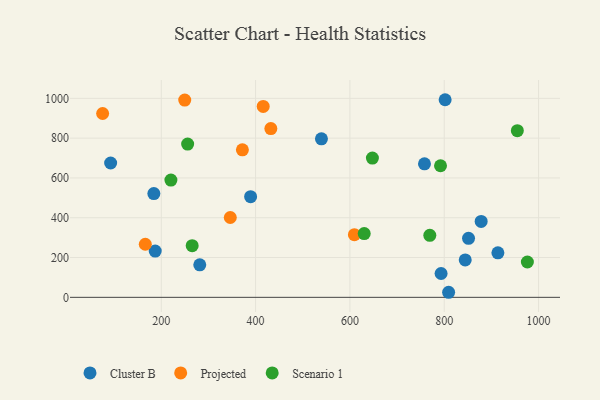
{"axis": {"x": "Engine Size", "y": "Rating"}, "legend": ["Cluster B", "Projected", "Scenario 1"], "data": [{"x": "851.5", "y": 296.5, "type": "Cluster B"}, {"x": "539.6", "y": 796.5, "type": "Cluster B"}, {"x": "844.5", "y": 187.9, "type": "Cluster B"}, {"x": "389.4", "y": 506.0, "type": "Cluster B"}, {"x": "793.3", "y": 119.8, "type": "Cluster B"}, {"x": "184.2", "y": 521.3, "type": "Cluster B"}, {"x": "809.3", "y": 25.4, "type": "Cluster B"}, {"x": "92.6", "y": 675.0, "type": "Cluster B"}, {"x": "878.3", "y": 381.5, "type": "Cluster B"}, {"x": "187.1", "y": 232.4, "type": "Cluster B"}, {"x": "758.1", "y": 671.1, "type": "Cluster B"}, {"x": "801.9", "y": 993.0, "type": "Cluster B"}, {"x": "913.8", "y": 223.7, "type": "Cluster B"}, {"x": "281.6", "y": 163.2, "type": "Cluster B"}, {"x": "416.1", "y": 959.1, "type": "Projected"}, {"x": "609.5", "y": 315.1, "type": "Projected"}, {"x": "166.1", "y": 266.7, "type": "Projected"}, {"x": "346.3", "y": 401.2, "type": "Projected"}, {"x": "75.6", "y": 923.7, "type": "Projected"}, {"x": "372.0", "y": 741.0, "type": "Projected"}, {"x": "249.7", "y": 991.3, "type": "Projected"}, {"x": "432.3", "y": 848.1, "type": "Projected"}, {"x": "265.5", "y": 259.4, "type": "Scenario 1"}, {"x": "792.1", "y": 661.2, "type": "Scenario 1"}, {"x": "955.0", "y": 837.7, "type": "Scenario 1"}, {"x": "769.4", "y": 311.6, "type": "Scenario 1"}, {"x": "255.9", "y": 769.9, "type": "Scenario 1"}, {"x": "647.7", "y": 700.0, "type": "Scenario 1"}, {"x": "976.3", "y": 177.6, "type": "Scenario 1"}, {"x": "220.4", "y": 589.3, "type": "Scenario 1"}, {"x": "630.3", "y": 320.5, "type": "Scenario 1"}]}